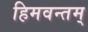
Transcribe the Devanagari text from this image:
हिमवन्तम्